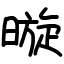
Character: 暶